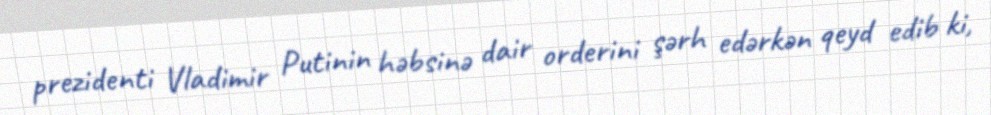
prezidenti Vladimir Putinin həbsinə dair orderini şərh edərkən qeyd edib ki,